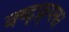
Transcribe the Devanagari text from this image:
क्ष्द्फ्र्फ्स